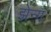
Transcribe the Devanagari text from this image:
झेन्ग